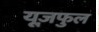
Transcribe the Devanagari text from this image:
यूज़फुल